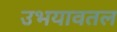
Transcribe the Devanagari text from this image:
उभयावतल